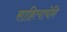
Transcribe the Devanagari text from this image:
साहित्याचेनि